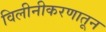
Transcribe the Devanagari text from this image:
विलीनीकरणातून